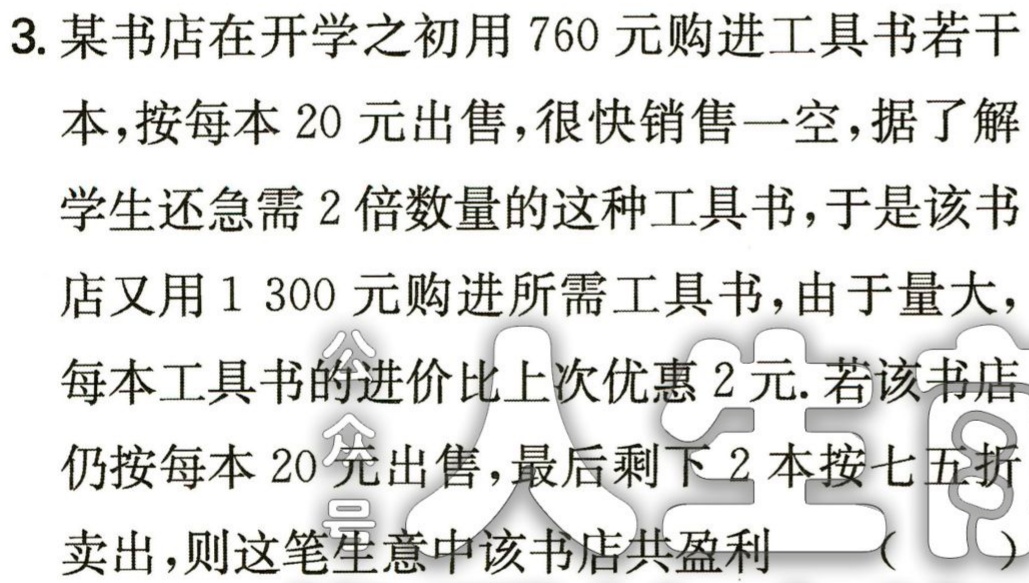
3. 某书店在开学之初用 760 元购进工具书若干

本，按每本 20 元出售，很快销售一空，据了解

学生还急需 2 倍数量的这种工具书，于是该书

店又用 1 300 元购进所需工具书，由于量大，

每本工具书的进价比上次优惠 2 元. 若该书店

仍按每本 20 元出售，最后剩下 2 本按七五折

卖出，则这笔生意中该书店共盈利 （ ）